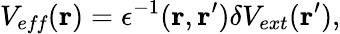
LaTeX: V_{\textit{eff}}(\mathbf{r})=\epsilon^{-1}(\mathbf{r},\mathbf{r}^{\prime})\delta V_{ext}(\mathbf{r}^{\prime}),